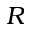
R